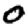
Digit: 0